Indian journal of veterinary science and animal husbandry - Volume 4,
Year: 1934
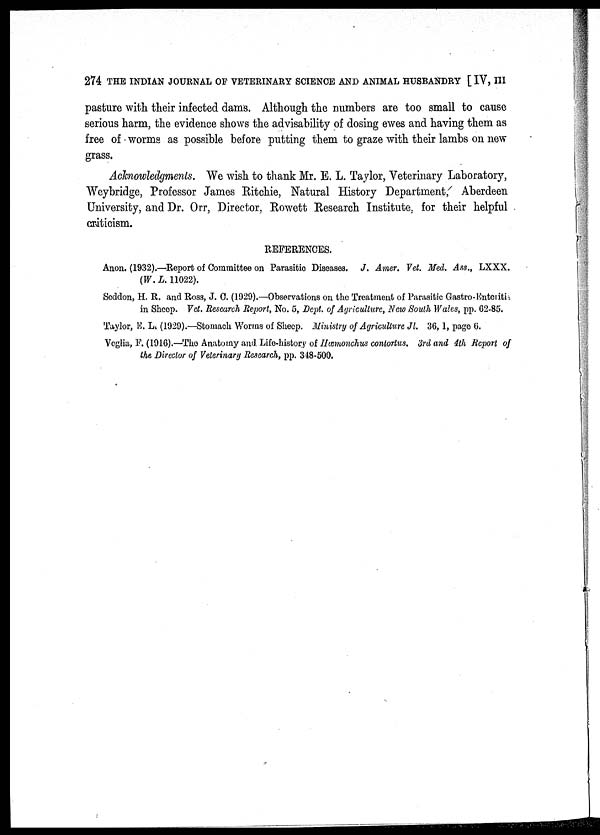
274 THE INDIAN JOURNAL OF VETERINARY SCIENCE AND ANIMAL HUSBANDRY [ IV, III
pasture with their infected dams. Although the numbers are too small to cause
serious harm, the evidence shows the advisability of dosing ewes and having them as
free of worms as possible before putting them to graze with their lambs on new
grass.
Acknowledgments. We wish to thank Mr. E. L. Taylor, Veterinary Laboratory,
Weybridge, Professor James Ritchie, Natural History Department, Aberdeen
University, and Dr. Orr, Director, Rowett Research Institute, for their helpful
criticism.
REFERENCES.
Anon. (1932).—Report of Committee on Parasitic Diseases. J. Amer. Vet. Med. Ass., LXXX.
(W. L. 11022).
Seddon, H. R. and Ross, J. C. (1929).—Observations on the Treatment of Parasitic Gastro-Enteritis
in Sheep. Vet. Research Report, No. 5, Dept. of Agriculture, New South Wales, pp. 62-85.
Taylor, E. L. (1929).—Stomach Worms of Sheep. Ministry of Agriculture Jl. 36, 1, page 6.
Veglia, F. (1916).—The Anatomy and Life-history of Hæmonchus contortus. 3rd and 4th Report of
the Director of Veterinary Research, pp. 348-500.